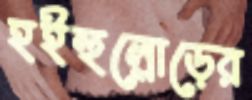
হইহুল্লোড়ের